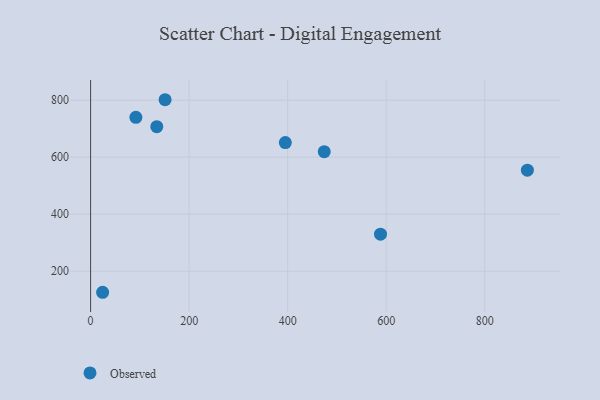
{"axis": {"x": "Speed", "y": "Yield"}, "legend": ["Observed"], "data": [{"x": "134.3", "y": 706.9, "type": "Observed"}, {"x": "395.2", "y": 651.2, "type": "Observed"}, {"x": "474.2", "y": 619.3, "type": "Observed"}, {"x": "91.9", "y": 739.8, "type": "Observed"}, {"x": "886.5", "y": 554.4, "type": "Observed"}, {"x": "24.4", "y": 126.0, "type": "Observed"}, {"x": "151.2", "y": 801.5, "type": "Observed"}, {"x": "588.4", "y": 329.9, "type": "Observed"}]}